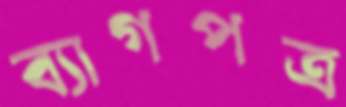
ব্যাগপত্র